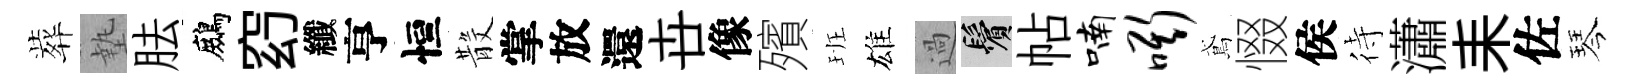
葬墊胠鷓𥥆纖亨恒𣪚掌放還卋像殯班雄過鬢帖喃嘶鳶惙侯待瀟耒佐琴